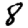
Digit: 8